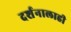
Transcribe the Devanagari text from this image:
दर्शनालाही